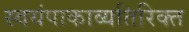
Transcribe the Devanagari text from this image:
स्वयंपाकाव्यतिरिक्त